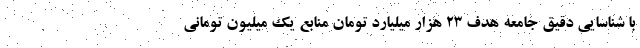
با شناسایی دقیق جامعه هدف ۲۳ هزار میلیارد تومان منابع یک میلیون تومانی